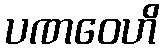
ပဏဝေဟိ